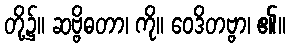
တို့၌။ ဆဗ္ဗိဓတာ၊ ကို။ ဝေဒိတဗ္ဗာ၊ ၏။